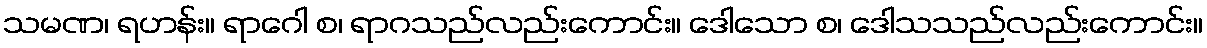
သမဏ၊ ရဟန်း။ ရာဂေါ စ၊ ရာဂသည်လည်းကောင်း။ ဒေါသော စ၊ ဒေါသသည်လည်းကောင်း။